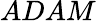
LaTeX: ADAM